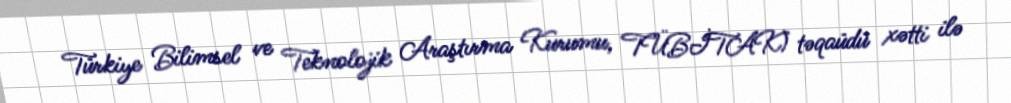
Türkiye Bilimsel ve Teknolojik Araştırma Kurumu, TÜBİTAK) təqaüdü xətti ilə